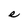
Character: e